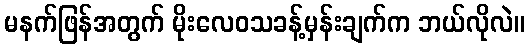
မနက်ဖြန်အတွက် မိုးလေဝသခန့်မှန်းချက်က ဘယ်လိုလဲ။